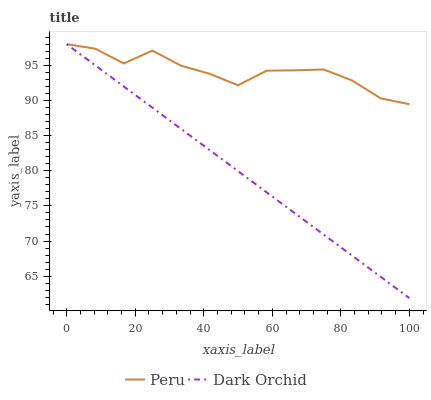
| xaxis_label | Peru | Dark Orchid |
 | --- | --- | --- |
 | 0 | 98 | 98 |
 | 8.33 | 97.4 | 95 |
 | 16.7 | 95.3 | 92 |
 | 25 | 97.1 | 89 |
 | 33.3 | 95 | 86 |
 | 41.7 | 93.8 | 83 |
 | 50 | 92.2 | 79.9 |
 | 58.3 | 94.2 | 76.9 |
 | 66.7 | 94.3 | 73.9 |
 | 75 | 94.4 | 70.9 |
 | 83.3 | 92.8 | 67.9 |
 | 91.7 | 90.3 | 64.9 |
 | 100 | 89.5 | 61.9 |